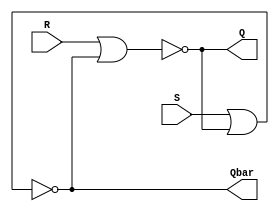
`timescale 1ns / 1ps
//////////////////////////////////////////////////////////////////////////////////
// Company: 
// Engineer: 
// 
// Design Name: 
// Module Name: 
// Project Name: 
// Target Devices: 
// Tool Versions: 
// Description: 
// 
// Dependencies: 
// 
// Revision:
// Revision 0.01 - File Created
// Additional Comments:
// 
//////////////////////////////////////////////////////////////////////////////////



module SR_latch_gate (input R, input S, output Q, output Qbar);
nor (Q, R, Qbar);
nor (Qbar, S, Q);
endmodule